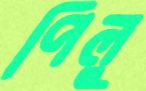
পিলু